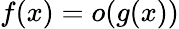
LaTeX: f(x)=o(g(x))